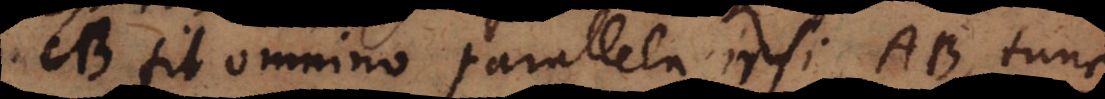
CB fit omnino parallela ipsi AB, tunc